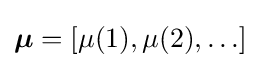
{\boldsymbol {\mu }}=[\mu (1),\mu (2),\ldots ]